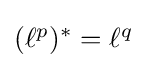
\textstyle (\ell ^{p})^{*}=\ell ^{q}